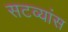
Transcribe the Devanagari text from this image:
सटव्यांस